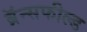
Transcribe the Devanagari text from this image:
ब्रॅन्सफील्ड